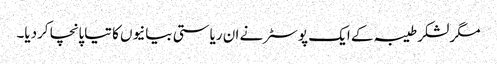
مگر لشکر طیبہ کے ایک پوسٹر نے ان ریاستی بیانیوں کا تیاپانچا کردیا۔